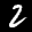
Label: 2